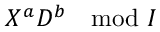
X ^ { a } D ^ { b } \mod { I }